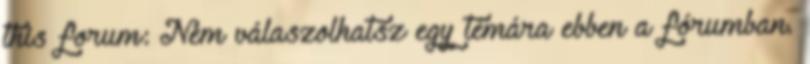
this forum: Nem válaszolhatsz egy témára ebben a fórumban.